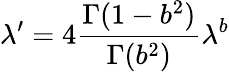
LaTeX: \lambda^{\prime}=4{\frac{\Gamma(1-b^{2})}{\Gamma(b^{2})}}\lambda^{b}